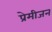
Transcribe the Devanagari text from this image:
प्रेमीजन